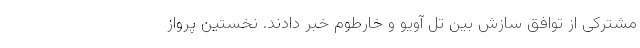
مشترکی از توافق سازش بین تل آویو و خارطوم خبر دادند. نخستین پرواز